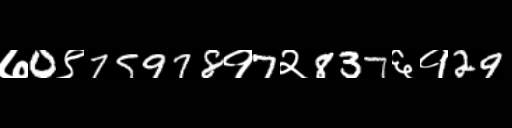
Text: ७0९75978१7२837६१29